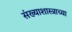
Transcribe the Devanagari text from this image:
संख्याशास्त्राच्या